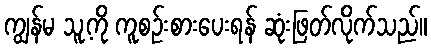
ကျွန်မ သူ့ကို ကူစဉ်းစားပေးရန် ဆုံးဖြတ်လိုက်သည်။